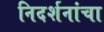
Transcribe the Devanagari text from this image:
निदर्शनांचा